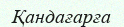
Қандағарға